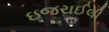
ઇજરાઈલી